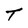
Character: T